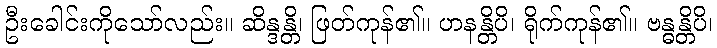
ဦးခေါင်းကိုသော်လည်း။ ဆိန္ဒန္တိ၊ ဖြတ်ကုန်၏။ ဟနန္တိပိ၊ ရိုက်ကုန်၏။ ဗန္ဓန္တိပိ၊